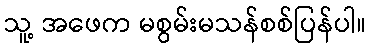
သူ့ အဖေက မစွမ်းမသန်စစ်ပြန်ပါ။